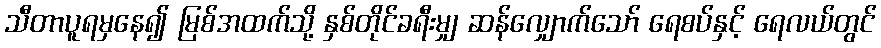
သီတာပူရမှနေ၍ မြစ်အထက်သို့ နှစ်တိုင်ခရီးမျှ ဆန်လျှောက်သော် ရေစပ်နှင့် ရေလယ်တွင်